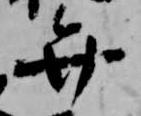
弁